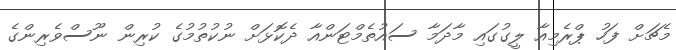
މެޗަށް ފަހު ޕްރެމިއާ ލީގުގައި މާދަމާ ސައުތެމްޓަންއާ ދެކޮޅަށް ނުކުތުމުގެ ކުރިން ނޫސްވެރިންގެ